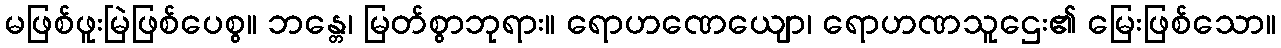
မဖြစ်ဖူးမြဲဖြစ်ပေစွ။ ဘန္တေ၊ မြတ်စွာဘုရား။ ရောဟဏေယျော၊ ရောဟဏသူဌေး၏ မြေးဖြစ်သော။